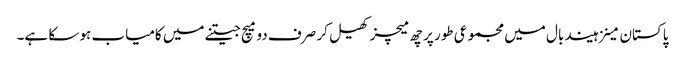
پاکستان مینزہیند بال میں مجموعی طور پر چھ میچز کھیل کر صرف دو میچ جیتنے میں کامیاب ہو سکا ہے۔